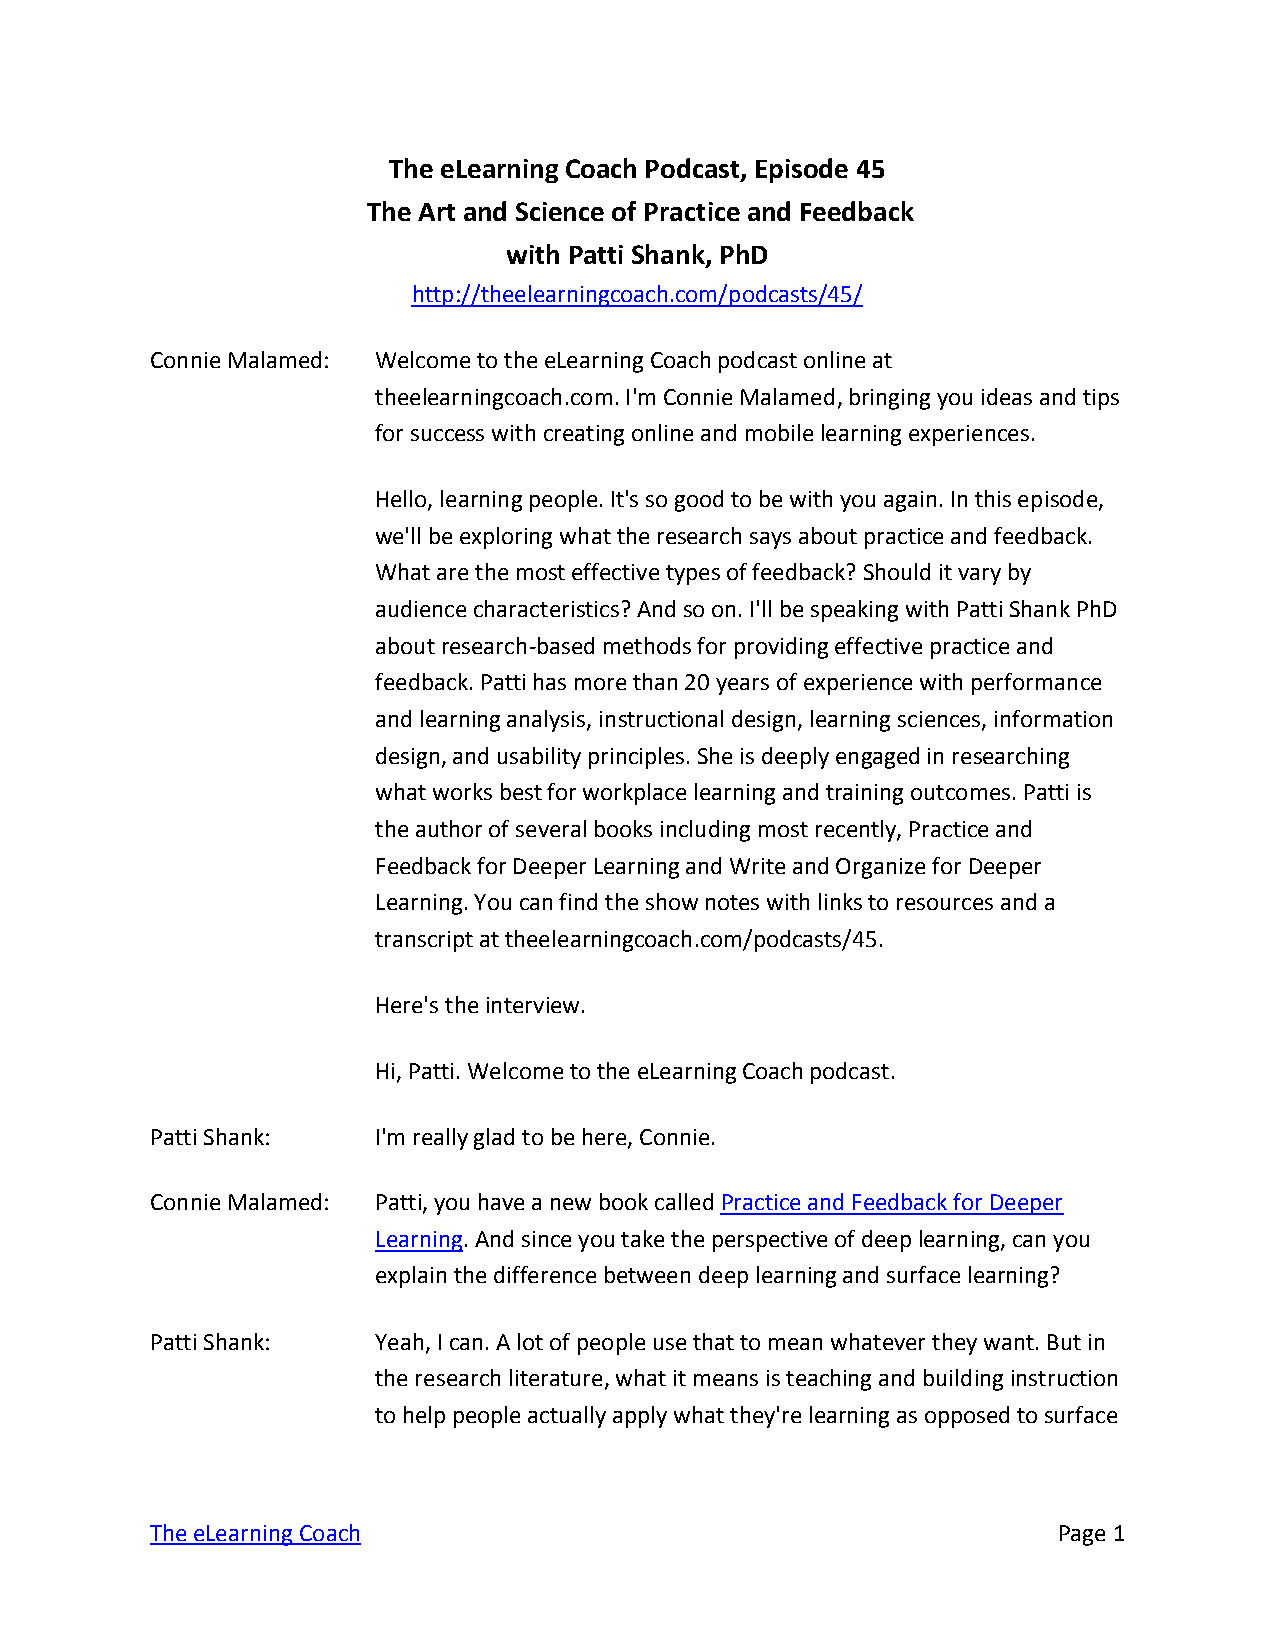
The eLearning Coach Podcast, Episode 45
 The Art and Science of Practice and Feedback
 with Patti Shank, PhD
 http://theelearningcoach.com/podcasts/45/
 Connie Malamed: Welcome to the eLearning Coach podcast online at
 theelearningcoach.com. I'm Connie Malamed, bringing you ideas and tips
 for success with creating online and mobile learning experiences.
 Hello, learning people. It's so good to be with you again. In this episode,
 we'll be exploring what the research says about practice and feedback.
 What are the most effective types of feedback? Should it vary by
 audience characteristics? And so on. I'll be speaking with Patti Shank PhD
 about research-based methods for providing effective practice and
 feedback. Patti has more than 20 years of experience with performance
 and learning analysis, instructional design, learning sciences, information
 design, and usability principles. She is deeply engaged in researching
 what works best for workplace learning and training outcomes. Patti is
 the author of several books including most recently, Practice and
 Feedback for Deeper Learning and Write and Organize for Deeper
 Learning. You can find the show notes with links to resources and a
 transcript at theelearningcoach.com/podcasts/45.
 Here's the interview.
 Hi, Patti. Welcome to the eLearning Coach podcast.
 Patti Shank:   I'm really glad to be here, Connie.
 Connie Malamed: Patti, you have a new book called Practice and Feedback for Deeper
 Learning. And since you take the perspective of deep learning, can you
 explain the difference between deep learning and surface learning?
 Patti Shank:   Yeah, I can. A lot of people use that to mean whatever they want. But in
 the research literature, what it means is teaching and building instruction
 to help people actually apply what they're learning as opposed to surface
 The eLearning Coach                                         Page 1